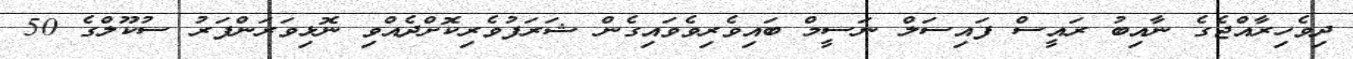
ދިވެހިރާއްޖެގެ ނާއިބު ރައީސް ފައިސަލް ނަސީމް ބައިވެރިވެވަައިގެން ޝަރަފުވެރިކޮށްދެއްވި ނޮޅިވަރަންފަރު ސުކޫލްގެ 50